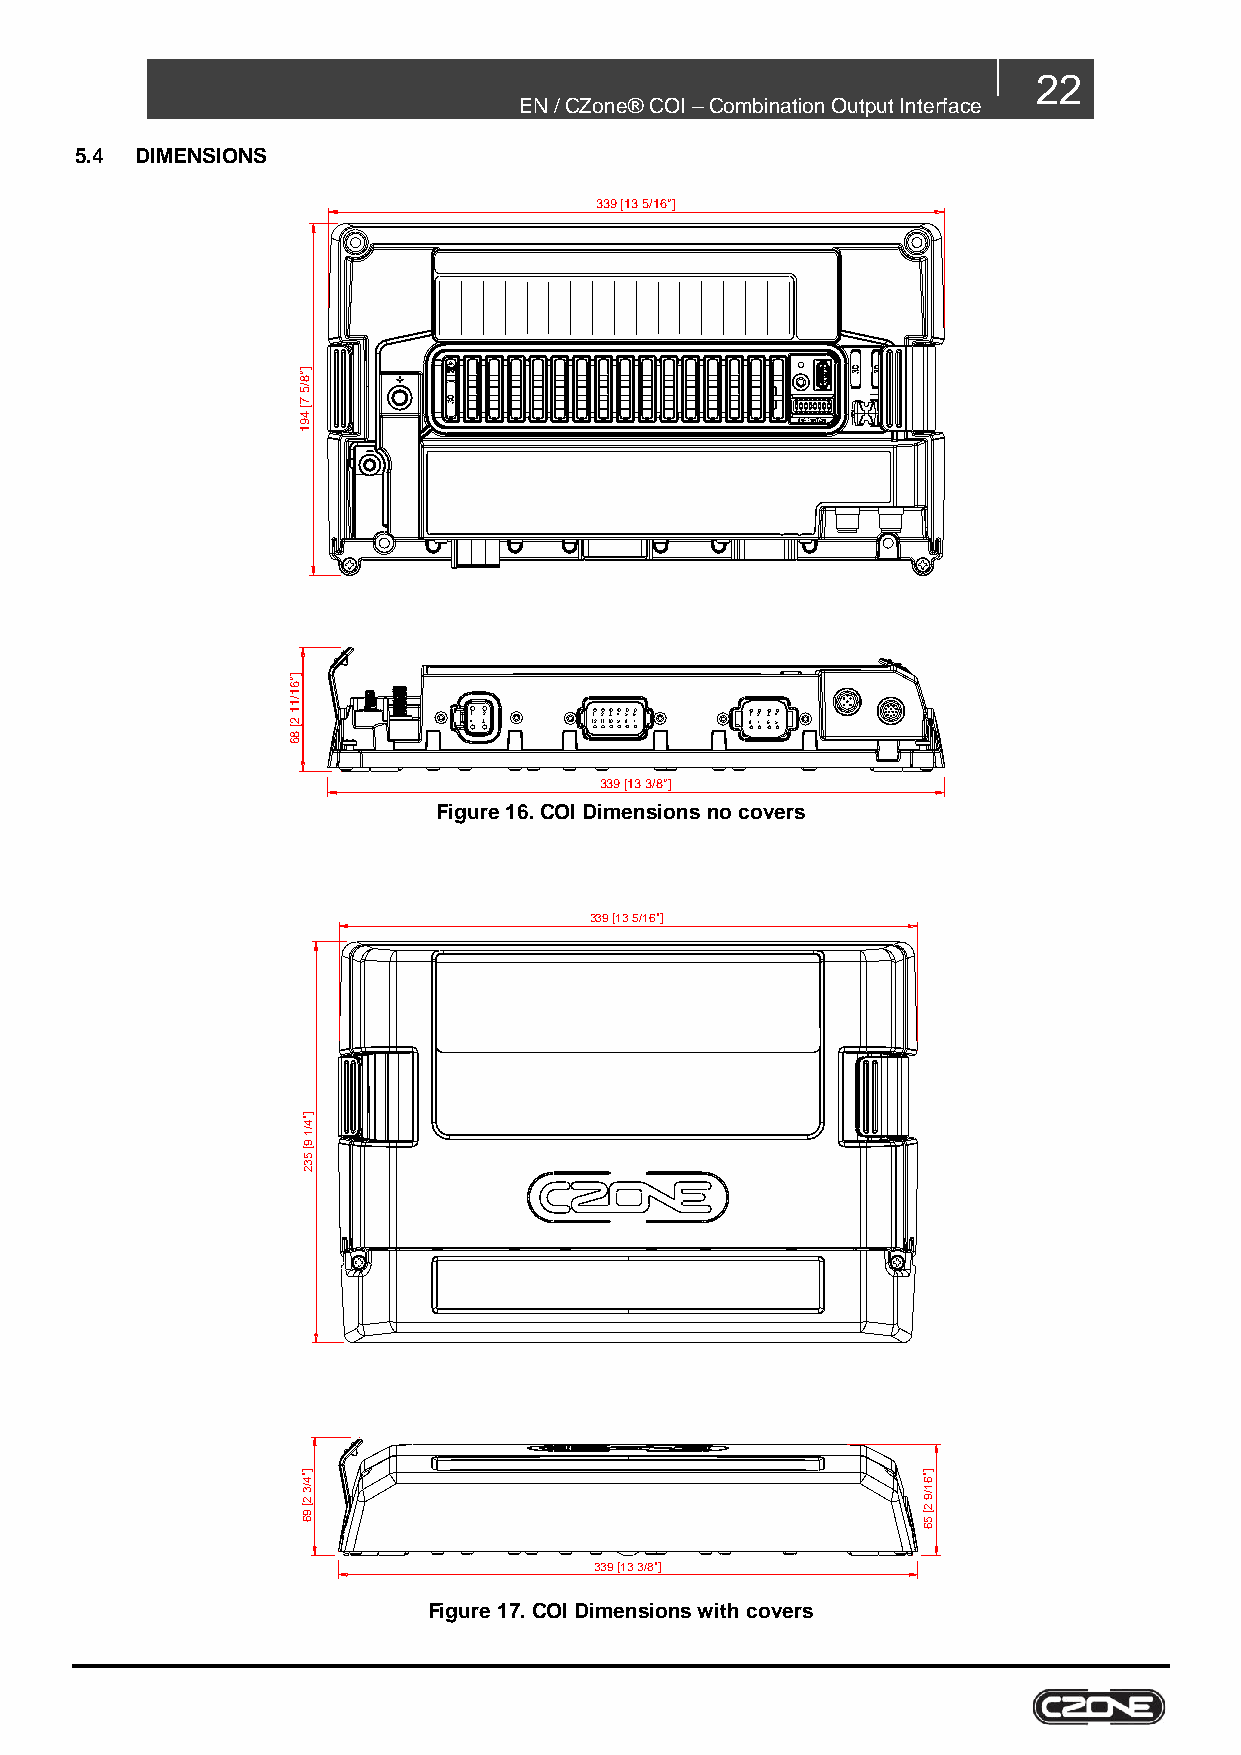
22
 EN / CZone® COI – Combination Output Interface
 5.4 DIMENSIONS
 339 [13 5/16"]
 ]"8
 /5
 7
 [
 4
 9
 1
 ]"6
 1
 /1
 1 2 [
 8
 1 4 32  11 212 113 04 95 86 7 1 872 3 64 5
 6
 339 [13 3/8"]
 Figure 16. COI Dimensions no covers
 339 [13 5/16"]
 ]"4
 /1
 9
 [
 5
 3
 2
 ]"4                                      ]"6
 /3
 2
 [
 9
 6
 1
 /9
 2
 [
 5
 6
 339 [13 3/8"]
 Figure 17. COI Dimensions with covers